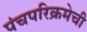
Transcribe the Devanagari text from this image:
पंचपरिक्रमेची